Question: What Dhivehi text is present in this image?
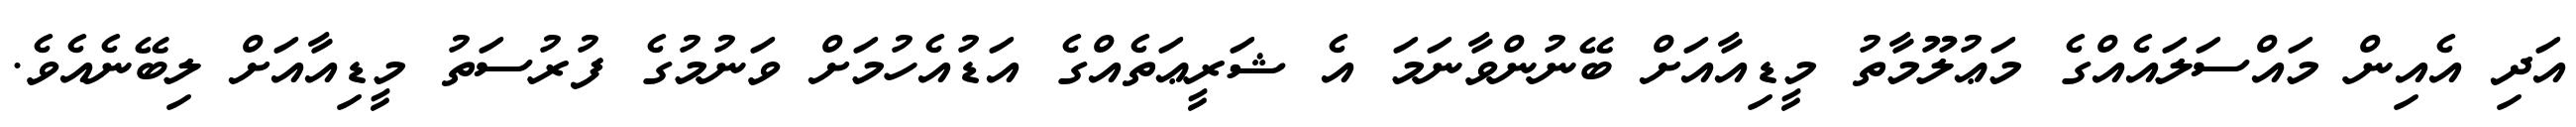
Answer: އަދި އެއިން މައްސަލައެއްގެ މަޢުލޫމާތު މީޑިއާއަށް ބޭނުންވާނަމަ އެ ޝަރީޢަތެއްގެ އަޑުއެހުމަށް ވަނުމުގެ ފުރުސަތު މީޑިއާއަށް ލިބޭނެއެވެ.